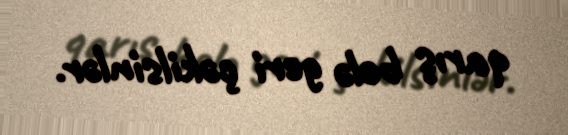
qarış belə geri çəkilsinlər.